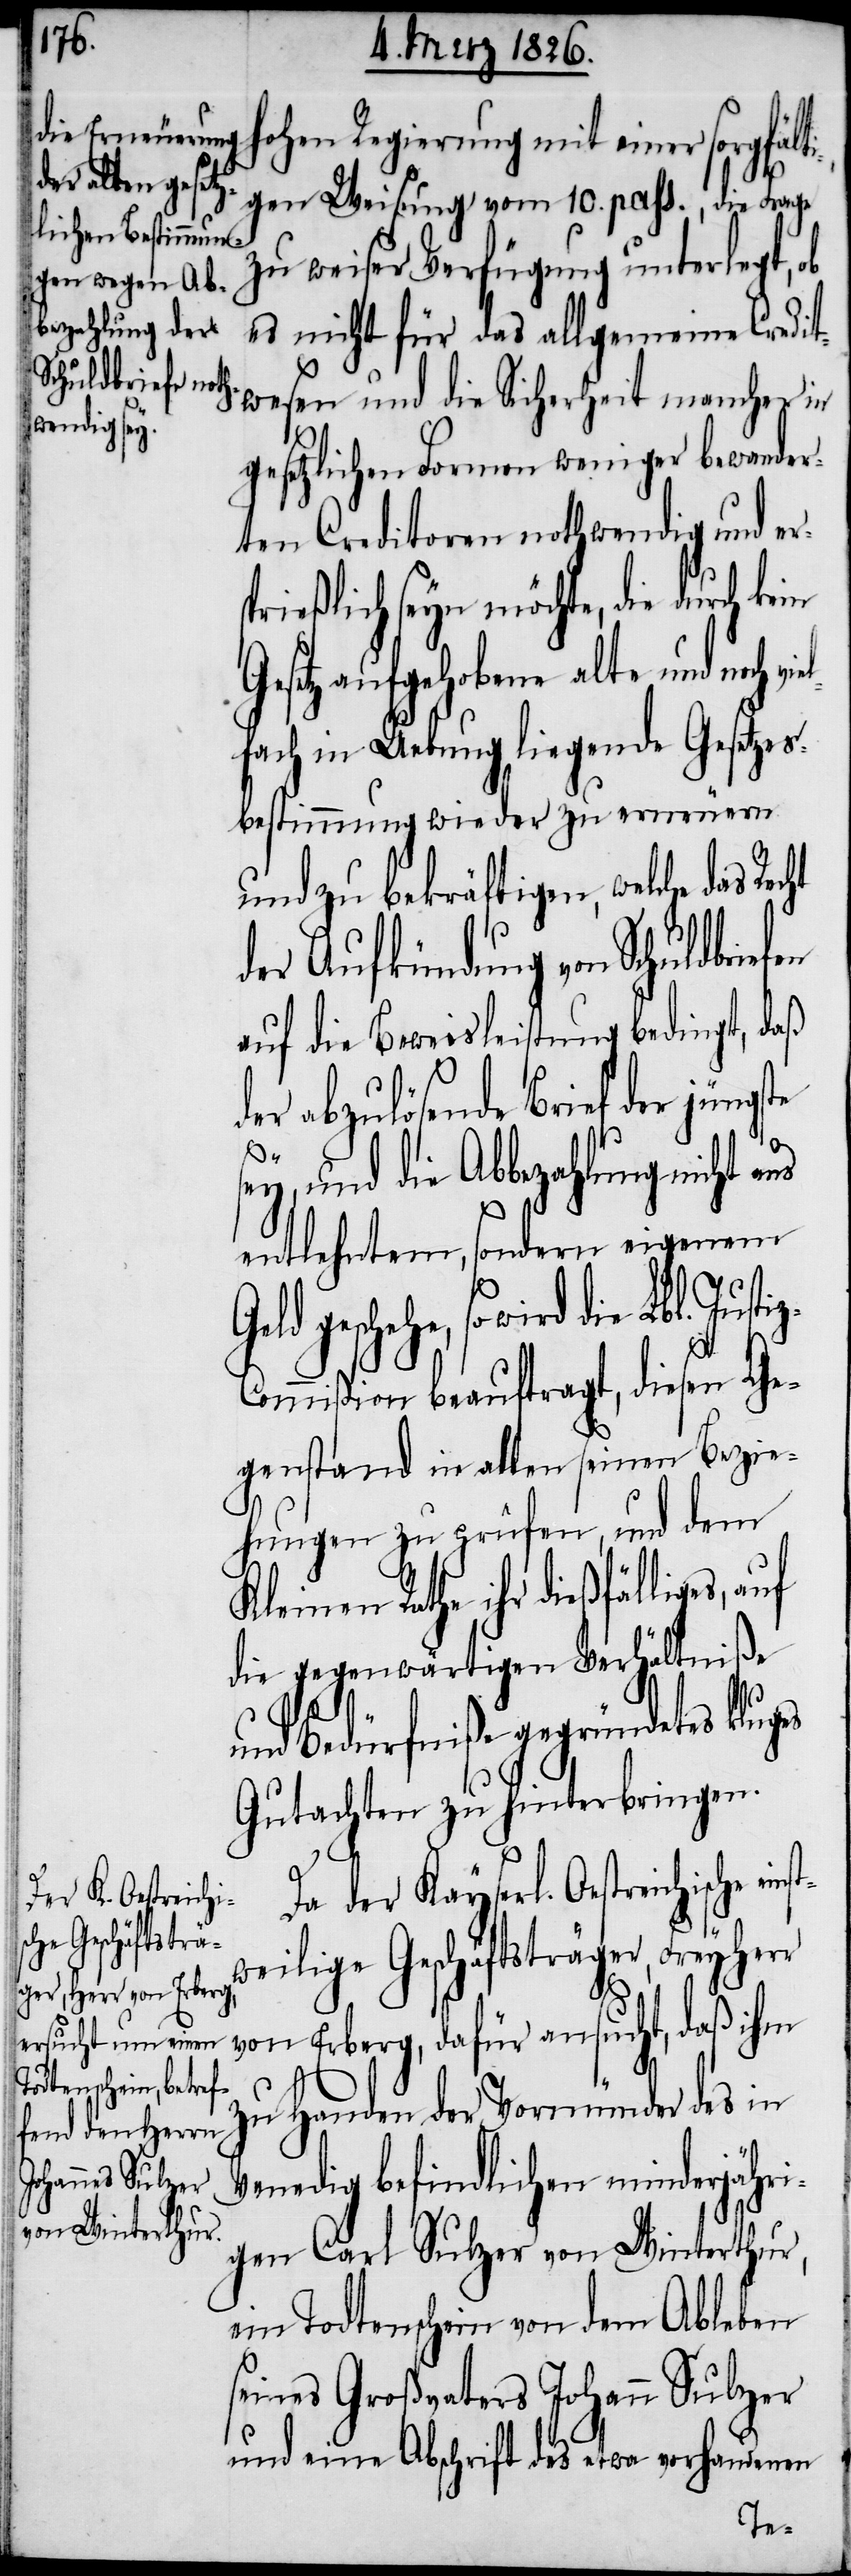
hohen Regierung mit einer sorgfält¬
igen Weisung vom 10. pass., die Frage
zu weiser Verfügung unterlegt, ob
es nicht für das allgemeine Credi¬
twesen und die Sicherheit mancher in
gesetzlichen Formen weniger bewander¬
ten Creditoren nothwendig und ers¬
prießlich seyn möchte, die durch
Gesetz aufgehobene alte und noch v¬
lfach in Uebung liegende Gesetzes¬
bestimmung wieder zu erneuern
und zu bekräftigen, welche das Rec¬
der Aufkündung von Schuldbrie¬
auf die Beweisleistung bedingt, daß
der abzulösende Brief der jüng¬
rr
ey, und die Abbezahlung nicht a¬
us
entlehntem, sondern eigenem
geschehe, so wird die Lbl. Just¬
ommißion beauftragt, diesen Ge¬
genstand in allen seinen Bezie¬
hungen zu prüfen, und dem
Kleinen Rathe ihr dießfälliges,
die gegenwärtigen Verhältniße
und Bedürfniße gegründetes kluges
Gutachten zu hinterbringen.
Da der Kayserl. Oestreichis¬
che einst¬
weilige Geschäftsträger, Freyhe¬
von Erberg, dafür ansucht, daß ihm
zu Handen der Vormünder des in
Venedig befindlichen minderjähri¬
gen Carl Sulzer von Winterthur,
ein Todtenschein von dem Ableben
seines Großvaters Johann Sulzer
und eine Abschrift des etwa vorhandenen
ie¬